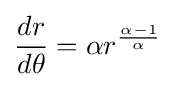
{\frac {dr}{d\theta }}=\alpha r^{\frac {\alpha -1}{\alpha }}